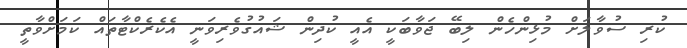
ކުރި ސުވާލަށް މުޅިންހެން ލިބޭ ޖަވާބަކީ އެއީ ކުދިން ޝައުގުވެރިވަނީ އެކެރެކްޓާތައް ކަމަށްވާތީ